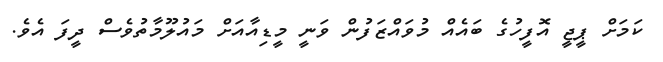
ކަމަށް ޕީޖީ އޮފީހުގެ ބައެއް މުވައްޒަފުން ވަނީ މީޑިއާއަށް މައުލޫމާތުވެސް ދީފަ އެވެ.